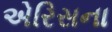
એરિસના